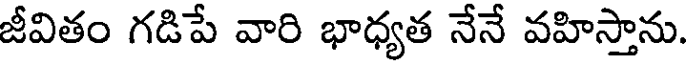
జీవితం గడిపే వారి భాధ్యత నేనే వహిస్తాను.